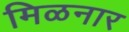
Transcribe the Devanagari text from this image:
मिळनार